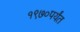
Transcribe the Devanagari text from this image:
१९७०पर्यंत